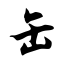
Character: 缶